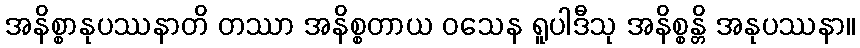
အနိစ္စာနုပဿနာတိ တဿာ အနိစ္စတာယ ဝသေန ရူပါဒီသု အနိစ္စန္တိ အနုပဿနာ။